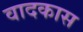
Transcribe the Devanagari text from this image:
वादकास